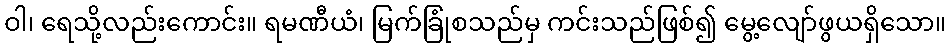
ဝါ၊ ရေသို့လည်းကောင်း။ ရမဏီယံ၊ မြက်ခြုံစသည်မှ ကင်းသည်ဖြစ်၍ မွေ့လျော်ဖွယရှိသော။